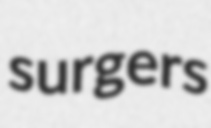
surgers